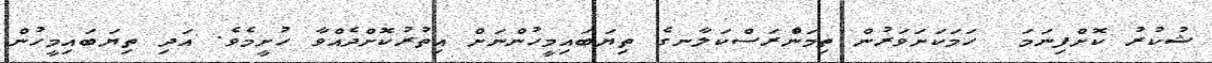
ޝުކުރު ކޮށްފިނަމަ  ހަމަކަށަވަރުން ތިމަންެރަސްކަލާނގެ ތިޔަބައިމީހުންނަށް އިތުރުކޮށްދެއްވާ ހުށީމެވެ. އަދި ތިޔަބައިމީހުން